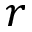
r